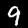
Label: 9